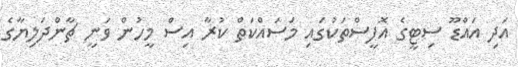
އަދި އައްޑޫ ސިޓީގެ އޮފީސްތަކުގައި މަސައްކަތް ކުރާ އިސް މީހުން ވަނީ ޗާންދަލިޔާގެ